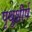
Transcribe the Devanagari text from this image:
पृथुशीर्ष